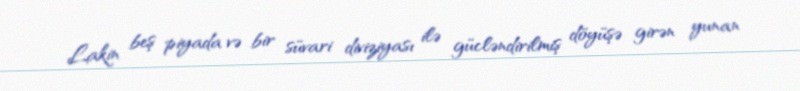
Lakin beş piyada və bir süvari diviziyası ilə gücləndirilmiş döyüşə girən yunan